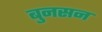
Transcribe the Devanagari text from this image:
बुनसन